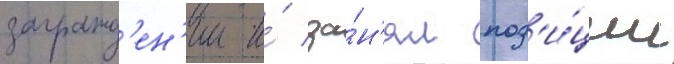
загражд'ен'ии и́ за́н'ял поз'и́ции